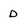
Character: D